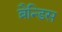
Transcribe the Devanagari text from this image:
ब्रैन्डिस